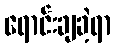
ရောင်းချခဲ့ရာ